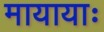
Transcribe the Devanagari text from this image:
मायायाः